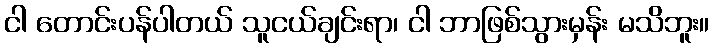
ငါ တောင်းပန်ပါတယ် သူငယ်ချင်းရာ၊ ငါ ဘာဖြစ်သွားမှန်း မသိဘူး။